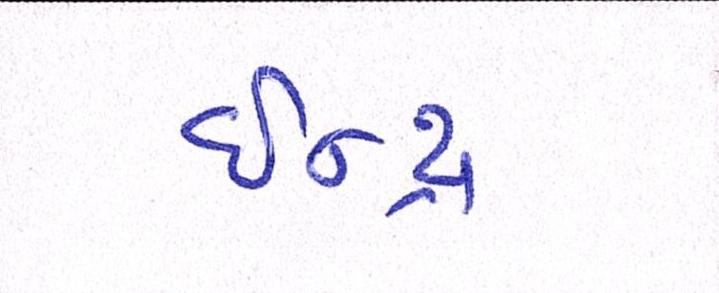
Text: ઈન્દ્ર